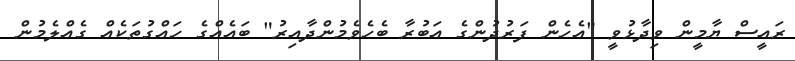
ރައީސް ޔާމީން ވިދާޅުވީ "އެހެން ފަރުދުންގެ އަބުރާ ބެހެވެމުންދާއިރު" ބައެއްގެ ހައްގުތަކެއް ގެއްލެމުން